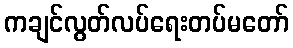
ကချင်လွတ်လပ်ရေးတပ်မတော်